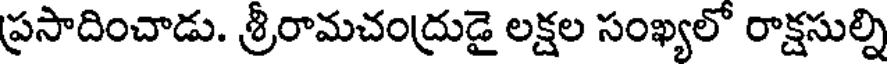
ప్రసాదించాడు. శ్రీరామచంద్రుడై లక్షల సంఖ్యలో రాక్షసుల్ని